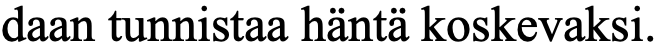
daan tunnistaa häntä koskevaksi.